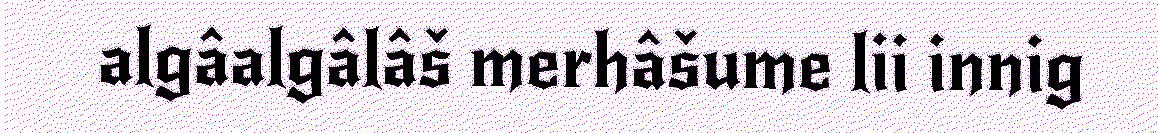
algâalgâlâš merhâšume lii innig